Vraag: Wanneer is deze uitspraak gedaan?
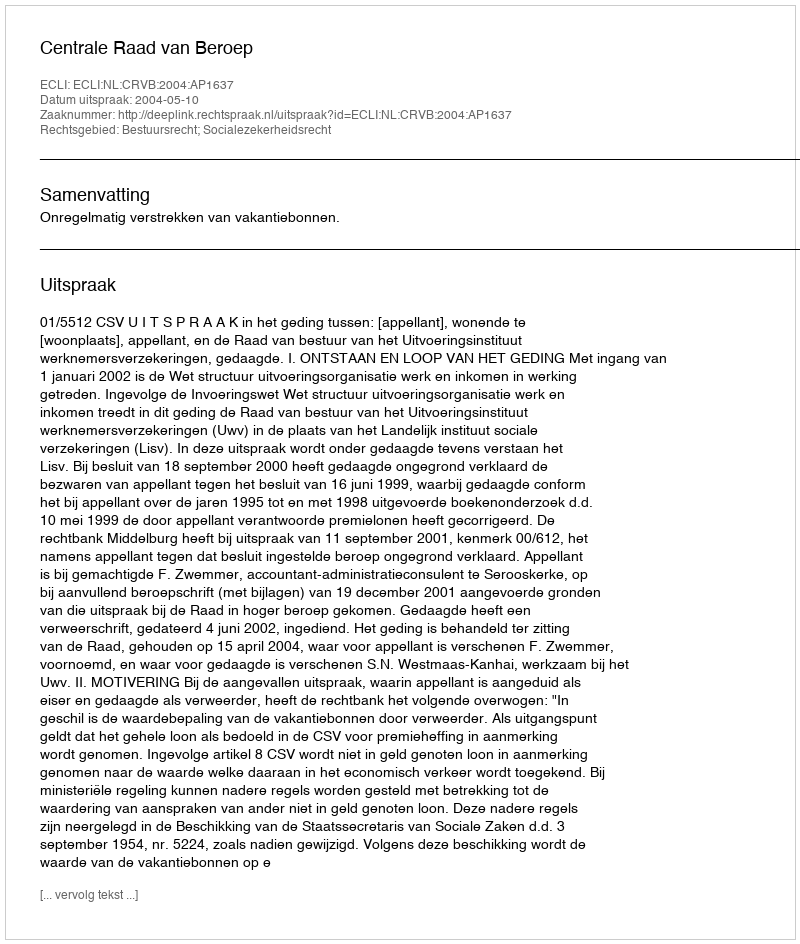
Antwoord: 2004-05-10